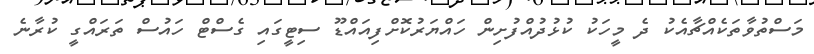
މަސްތުވާތަކެއްޗާއެކު ދެ މީހަކު ކުޅުދުއްފުށިން ހައްޔަރުކޮށްފިއައްޑޫ ސިޓީގައި ގެސްޓް ހައުސް ތަރައްގީ ކުރާނެ